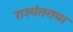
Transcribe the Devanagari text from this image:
राश्यंतराचा